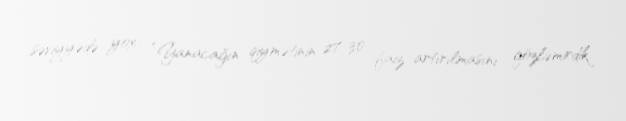
səviyyədə yox: “Yanacağın qiymətinin 27-30 faiz artırılmasını gözləmirdik.